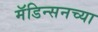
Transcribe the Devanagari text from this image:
मॅडिन्सनच्या